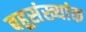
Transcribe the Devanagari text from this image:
बहूसंख्यांक